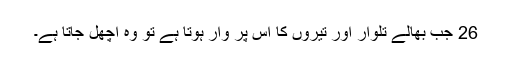
26 جب بھالے تلوار اور تیروں کا اس پر وار ہوتا ہے تو وہ اچھل جاتا ہے۔